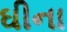
ઘીના